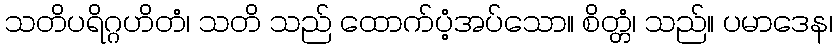
သတိပရိဂ္ဂဟိတံ၊ သတိ သည် ထောက်ပံ့အပ်သော။ စိတ္တံ၊ သည်။ ပမာဒေန၊